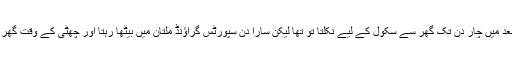
اس کے بعد میں چار دن تک گھر سے سکول کے لیے نکلتا تو تھا لیکن سارا دن سپورٹس گراؤنڈ ملتان میں بیٹھا رہتا اور چھٹی کے وقت گھر چلا جاتا۔